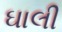
ઘાલી